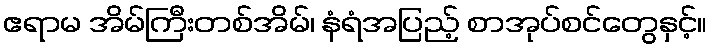
ဧရာမ အိမ်ကြီးတစ်အိမ်၊ နံရံအပြည့် စာအုပ်စင်တွေနှင့်။